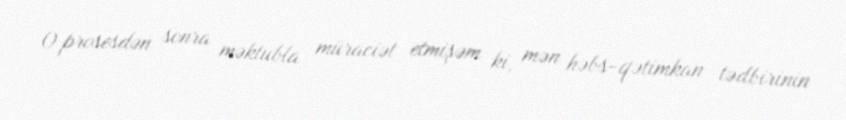
O prosesdən sonra məktubla müraciət etmişəm ki, mən həbs-qətimkan tədbirinin